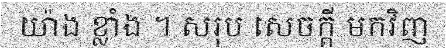
យ៉ាង ខ្លាំង ។ សរុប សេចក្តី មកវិញ